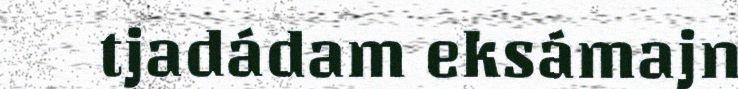
tjadádam eksámajn